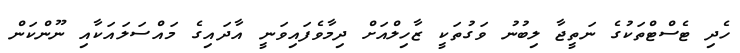
ހެދި ޓެސްޓްތަކުގެ ނަތީޖާ ލިބުނު ވަގުތަކީ ޒާހިލްއަށް ދިމާވެފައިވަނީ އާދައިގެ މައްސަލައަކާއި ނޫންކަން